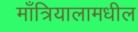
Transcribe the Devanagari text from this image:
माँत्रियालामधील